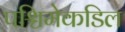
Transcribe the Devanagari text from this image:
पश्चिमेकडिल